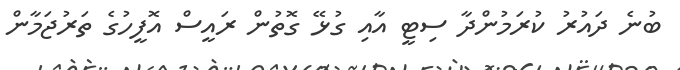
ބުނެ ދައުރު ކުރަމުންދާ ސިޓީ އާއި ގުޅޭ ގޮތުން ރައީސް އޮފީހުގެ ތަރުޖަމާން